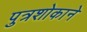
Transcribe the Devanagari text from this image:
पुत्रशोकाने